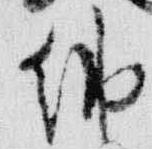
納